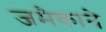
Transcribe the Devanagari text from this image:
जमैकाने